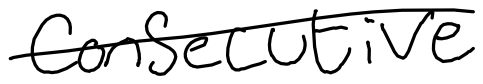
Text: consecutive
Cross-out: single-line
Writing tool: digital_black